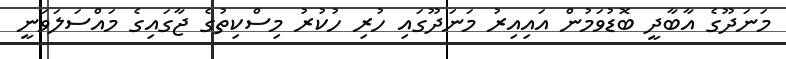
މަނަދޫގެ އާބާދީ ބޮޑުވަމުން އައިއިރު މަނަދޫގައި ހުރި ހުކުރު މިސްކިތުގެ ޖާގައިގެ މައްސަލަވަނީ